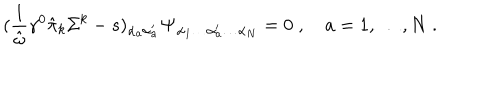
( { \frac { 1 } { \hat { \omega } } } \gamma ^ { 0 } \hat { \pi } _ { k } \Sigma ^ { k } - s ) _ { \alpha _ { a } \alpha _ { a } ^ { \prime } } { \bf \Psi } _ { \alpha _ { 1 } \ldots \alpha _ { a } ^ { \prime } \ldots \alpha _ { N } } = 0 \; , \quad a = 1 , \ldots , N \; .